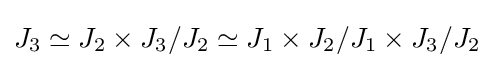
J_{3}\simeq J_{2}\times J_{3}/J_{2}\simeq J_{1}\times J_{2}/J_{1}\times J_{3}/J_{2}